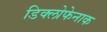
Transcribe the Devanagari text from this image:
डिक्लोफेनाक